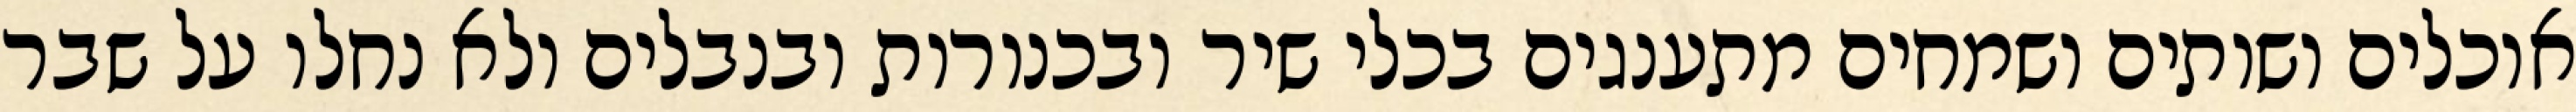
אוכלים ושותים ושמחים מתענגים בכלי שיר ובכנורות ובנבלים ולא נחלו על שבר